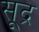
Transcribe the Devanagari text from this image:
सूद्र